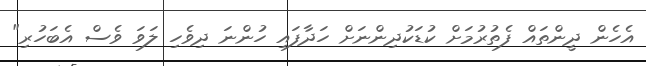
އެހެން ދީންތައް ފެތުރުމަށް ކުޑަކުދިންނަށް ހަދާފައި ހުންނަ ދިވެހި ލަވަ ވެސް އެބަހުރި"